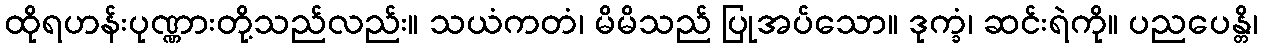
ထိုရဟန်းပုဏ္ဏားတို့သည်လည်း။ သယံကတံ၊ မိမိသည် ပြုအပ်သော။ ဒုက္ခံ၊ ဆင်းရဲကို။ ပညပေန္တိ၊